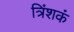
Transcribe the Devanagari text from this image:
त्रिंशकं